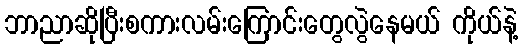
ဘာညာဆိုပြီးစကားလမ်းကြောင်းတွေလွဲနေမယ် ကိုယ်နဲ့